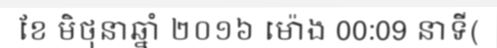
ខែ មិថុនាឆ្នាំ ២០១៦ ម៉ោង 00:09 នាទី(